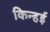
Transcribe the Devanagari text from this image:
किन्हई